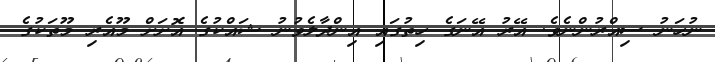
ނުހަނު ސިއްރުންނެވެ. އޭރު އޭނަގެ ހިތުގައި އިންދާލެވުނު ޝައްކުގެ އޮށަށް މޫއެރި މޫތަކުގެ